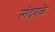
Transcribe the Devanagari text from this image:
लंदनके